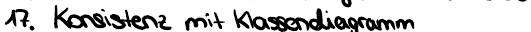
17. Kosistenz mit Klassendiagramm